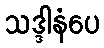
သဒ္ဒါနံပေ